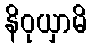
နိဝုယှာမိ